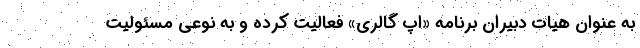
به عنوان هیات دبیران برنامه «اپ گالری» فعالیت کرده و به نوعی مسئولیت